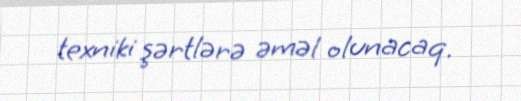
texniki şərtlərə əməl olunacaq.